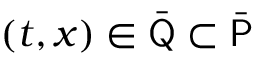
( t , x ) \in \bar { \mathsf Q } \subset \bar { \mathsf P }